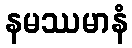
နမဿမာနံ